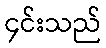
၄င်းသည်